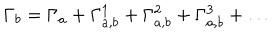
\Gamma _ { b } = \Gamma _ { a } + \Gamma _ { a , b } ^ { 1 } + \Gamma _ { a , b } ^ { 2 } + \Gamma _ { a , b } ^ { 3 } + \dots